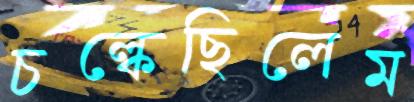
চল্‌কেছিলেম